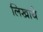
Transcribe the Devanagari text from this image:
लिखाये